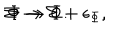
\Sigma \rightarrow \Sigma + \epsilon _ { \Phi } , \hspace { 1 c m } \Phi \rightarrow \Phi .